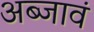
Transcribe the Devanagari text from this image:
अब्जावं